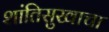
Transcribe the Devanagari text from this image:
शांतिसुखाचा